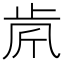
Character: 𣥪